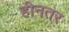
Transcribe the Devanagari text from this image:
हीनतर